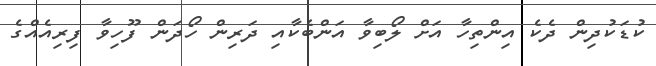
ކުޑަކުދިން ދެކެ އިންތިހާ އަށް ލޯބިވާ އަންބެކާއި ދަރިން ހޯދަން ފޫހިވާ ފިރިއެއްގެ